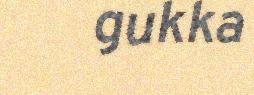
gukka